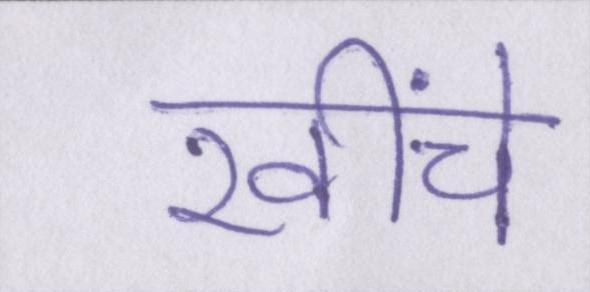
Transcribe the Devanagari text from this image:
खींचे